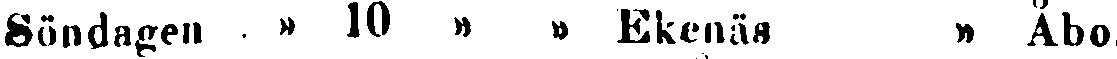
Söndagen » 10 » » Ekenäs » Åbo.